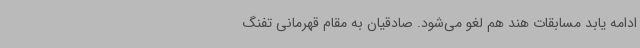
ادامه یابد مسابقات هند هم لغو می‌شود. صادقیان به مقام قهرمانی تفنگ